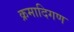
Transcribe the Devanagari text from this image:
क्रमादिगण